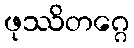
ဖုဿိတဂ္ဂေ